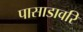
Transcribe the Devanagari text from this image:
पासाडावरि